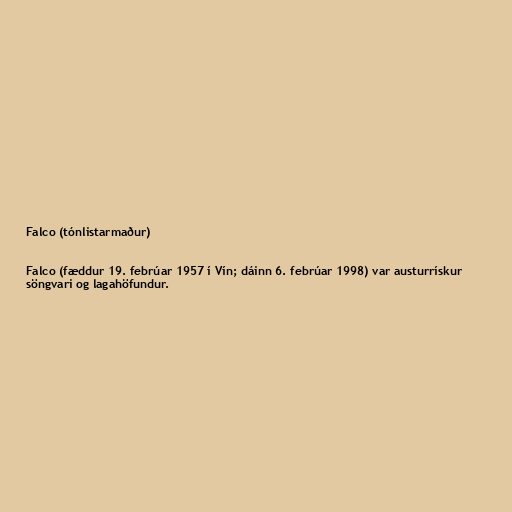
Falco (tónlistarmaður)

Falco (fæddur 19. febrúar 1957 í Vín; dáinn 6. febrúar 1998) var austurrískur
söngvari og lagahöfundur.